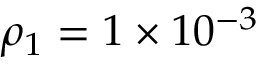
\rho _ { 1 } = 1 \times 1 0 ^ { - 3 }